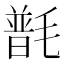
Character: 𣯽